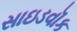
સાઇડવૉક